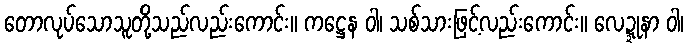
တောလုပ်သောသူတို့သည်လည်းကောင်း။ ကဋ္ဌေန ဝါ၊ သစ်သားဖြင့်လည်းကောင်း။ လေဍ္ဍုနာ ဝါ၊